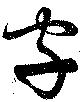
字